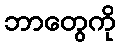
ဘာတွေကို